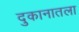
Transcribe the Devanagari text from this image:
दुकानातला